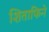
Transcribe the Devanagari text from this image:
शिताफिने